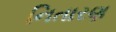
નિતારણ